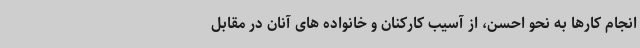
انجام کارها به نحو احسن، از آسیب کارکنان و خانواده های آنان در مقابل